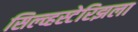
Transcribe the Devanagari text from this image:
सिल्व्हस्टेरिझला